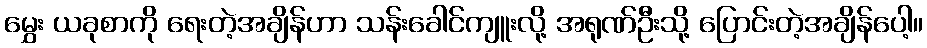
မွှေး ယခုစာကို ရေးတဲ့အချိန်ဟာ သန်းခေါင်ကျူးလို့ အရုဏ်ဦးသို့ ပြောင်းတဲ့အချိန်ပေါ့။